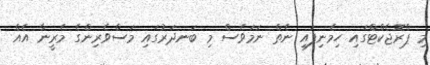
މި ޕްރޮޖެކްޓްގައި ހިމެނިފައި ނެތް ނަމަވެސް މި ބަނދަރުގައި މަސްވެރިންގެ މެރީނާ އެއް